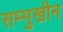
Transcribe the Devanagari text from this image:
सम्मुखीन